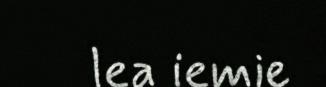
lea iemie